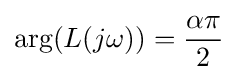
\arg(L(j\omega ))={\frac {\alpha \pi }{2}}